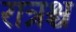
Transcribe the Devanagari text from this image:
रात्रश्च